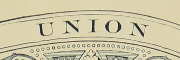
UNION